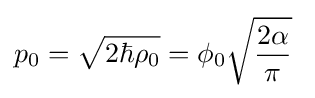
p_{0}={\sqrt {2\hbar \rho _{0}}}=\phi _{0}{\sqrt {\frac {2\alpha }{\pi }}}\